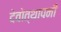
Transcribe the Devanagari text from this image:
देवोत्थापनी